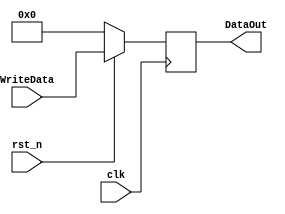
module register2(
	input [3:0] WriteData,
	input clk,rst_n,
	output reg [3:0] DataOut);
	always @ (posedge clk) begin
		if(!rst_n) begin
			DataOut <= 4'b0000;
		end else begin
			DataOut <= WriteData;
		end
	end
endmodule